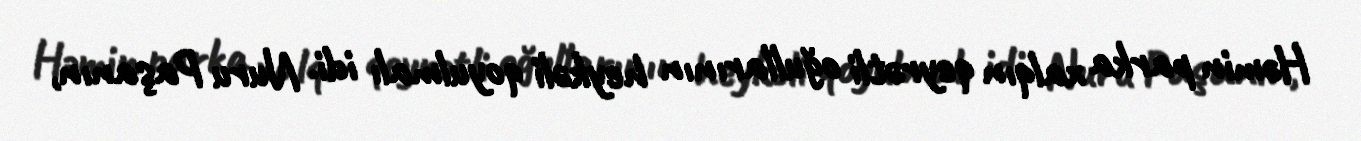
Həmin parka xalqın qeyrətli oğullarının heykəli qoyulmalı idi. Nuru Paşanın,